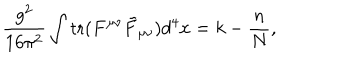
LaTeX: \frac { g ^ { 2 } } { 1 6 \pi ^ { 2 } } \int \mathrm { t r } ( F ^ { \mu \nu } \tilde { F } _ { \mu \nu } ) d ^ { 4 } x = k - \frac { n } { N } ,